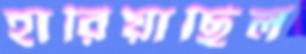
হারিয়াছিল